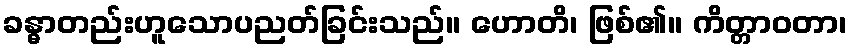
ခန္ဓာတည်းဟူသောပညတ်ခြင်းသည်။ ဟောတိ၊ ဖြစ်၏။ ကိတ္တာဝတာ၊